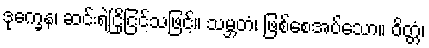
ဒုက္ခေန၊ ဆင်းရဲငြိုငြင်သဖြင့်။ သမ္ဘတံ၊ ဖြစ်စေအပ်သော။ ဝိတ္တံ၊